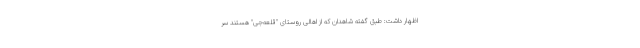
اظهار داشت: طبق گفته شاهدان که از اهالی روستای "قلعه‌جی" هستند سر